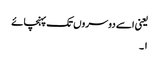
یعنی اسے دوسروں تک پہنچائے
۱۔